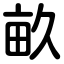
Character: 畝